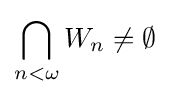
\bigcap _{n<\omega }W_{n}\neq \emptyset